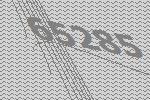
65285